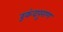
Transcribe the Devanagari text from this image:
रूकंदपुराण